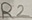
Text: R2